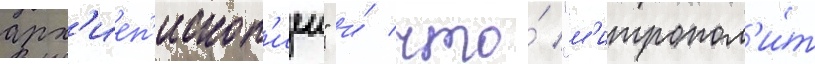
арх'иеп'ископ'иеи" и́ что́ "м'итропол'и́т